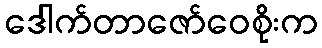
ဒေါက်တာဇော်ဝေစိုးက